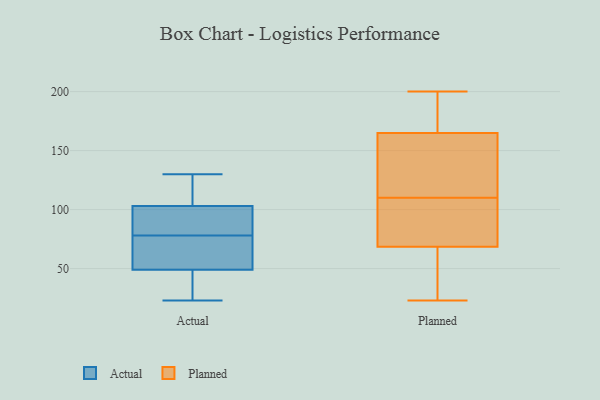
{"axis": {"x": "Production Output", "y": "Value"}, "legend": ["Actual", "Planned"], "data": [{"x": "", "y": 49, "type": "Actual"}, {"x": "", "y": 43, "type": "Actual"}, {"x": "", "y": 103, "type": "Actual"}, {"x": "", "y": 129, "type": "Actual"}, {"x": "", "y": 94, "type": "Actual"}, {"x": "", "y": 82, "type": "Actual"}, {"x": "", "y": 130, "type": "Actual"}, {"x": "", "y": 54, "type": "Actual"}, {"x": "", "y": 74, "type": "Actual"}, {"x": "", "y": 23, "type": "Actual"}, {"x": "", "y": 64, "type": "Planned"}, {"x": "", "y": 167, "type": "Planned"}, {"x": "", "y": 23, "type": "Planned"}, {"x": "", "y": 195, "type": "Planned"}, {"x": "", "y": 163, "type": "Planned"}, {"x": "", "y": 101, "type": "Planned"}, {"x": "", "y": 119, "type": "Planned"}, {"x": "", "y": 73, "type": "Planned"}, {"x": "", "y": 146, "type": "Planned"}, {"x": "", "y": 200, "type": "Planned"}, {"x": "", "y": 101, "type": "Planned"}, {"x": "", "y": 53, "type": "Planned"}]}